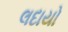
લદાયો